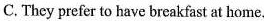
C. They prefer to have breakfast at home.